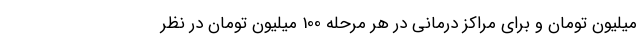
میلیون تومان و برای مراکز درمانی در هر مرحله 100 میلیون تومان در نظر